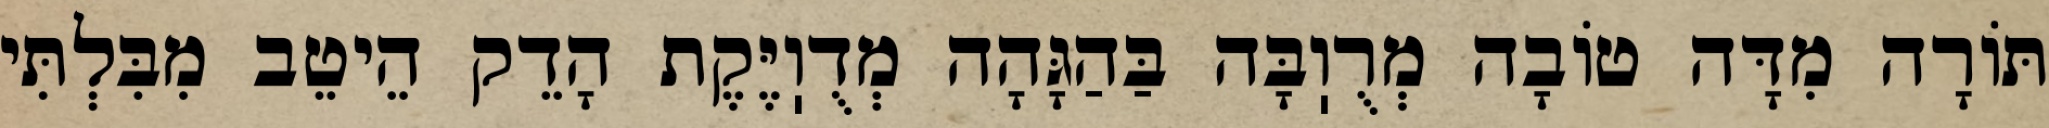
תּוֹרָה מִדָּה טוֹבָה מְרֻוֽבָּה בַּהַגָּהָה מְדֻוֽיֶּקֶת הָדֵק הֵיטֵב מִבִּלְתִּי